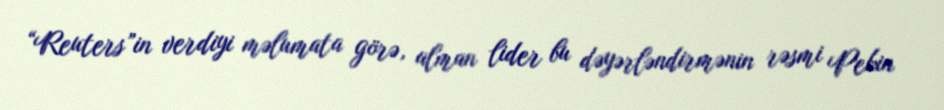
“Reuters”in verdiyi məlumata görə, alman lider bu dəyərləndirmənin rəsmi Pekin